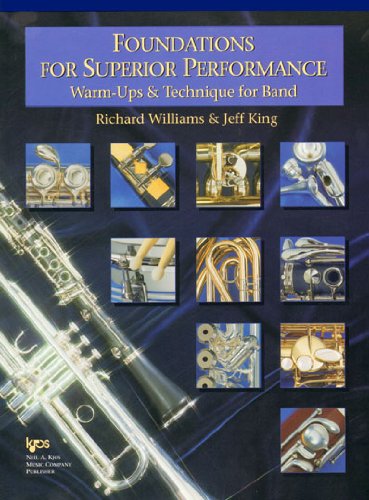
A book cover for Foundations for Superior Performance, Warm-Ups & Technique for Band: Trumpet; Richard Williams; Teen & Young Adult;